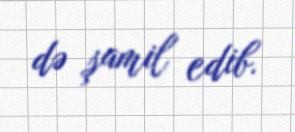
də şamil edib.